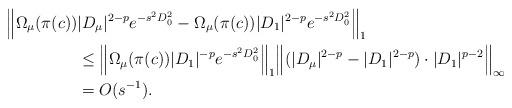
LaTeX: \begin{align*} \Big\|\Omega_{\mu}(\pi(c))&|D_{\mu}|^{2-p}e^{-s^2D_0^2}-\Omega_{\mu}(\pi(c))|D_1|^{2-p}e^{-s^2D_0^2}\Big\|_1\\ &\leq\Big\|\Omega_{\mu}(\pi(c))|D_1|^{-p}e^{-s^2D_0^2}\Big\|_1\Big\|(|D_{\mu}|^{2-p}-|D_1|^{2-p})\cdot |D_1|^{p-2}\Big\|_{\infty}\\ &=O(s^{-1}). \end{align*}